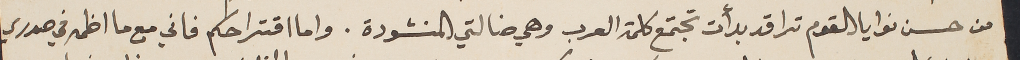
من حسن نوايا القوم ترا قد بدأت تجتمع كلمة العرب وهي ضالتي المنشودة. واما اقتراحكم فاني مع ما اظمه في صدري